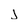
Character: j